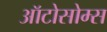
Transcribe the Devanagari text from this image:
ऑटोसोम्स